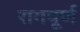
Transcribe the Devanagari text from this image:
रागपूर्ण